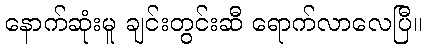
နောက်ဆုံးမူ ချင်းတွင်းဆီ ရောက်လာလေပြီ။